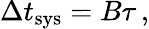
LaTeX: \Delta t_{\mathrm{sys}}=B\tau\, ,